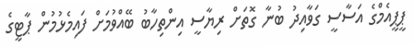
ޕީޕީއެމްގެ އަސާސީ ގަވާއިދު ބުނާ ގޮތަށް ރިޔާސީ އިންތިހާބު ބޭއްވުމަށް ފައިމެޅުމުން ޕާޓީގެ